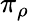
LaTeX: \pi_{\rho}